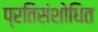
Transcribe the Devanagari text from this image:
प्रतिसंशोधित